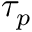
\tau _ { p }